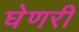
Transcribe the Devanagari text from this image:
घेणरी